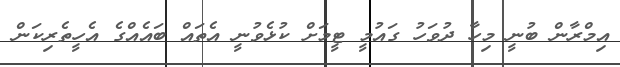
އިމްރާން ބުނީ މިހާ ދުވަހު ގައުމީ ޓީމަށް ކުޅެވުނީ އެތައް ބައެއްގެ އެހީތެރިކަން